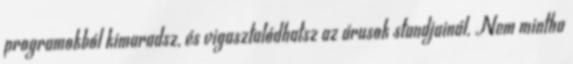
programokból kimaradsz, és vigasztalódhatsz az árusok standjainál. Nem mintha